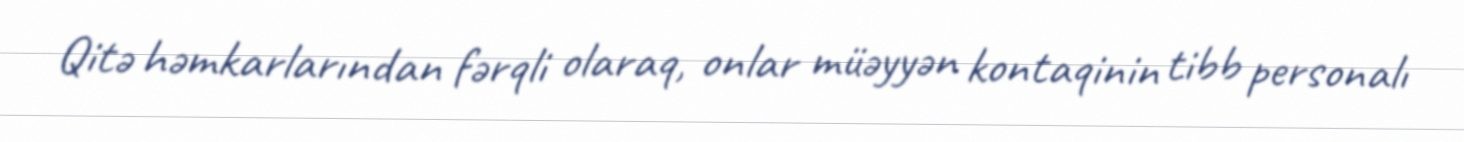
Qitə həmkarlarından fərqli olaraq, onlar müəyyən kontaqinin tibb personalı